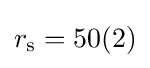
r_{\rm {s}}=50(2)